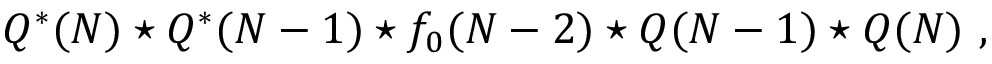
Q ^ { * } ( N ) \star Q ^ { * } ( N - 1 ) \star f _ { 0 } ( N - 2 ) \star Q ( N - 1 ) \star Q ( N ) ~ ,